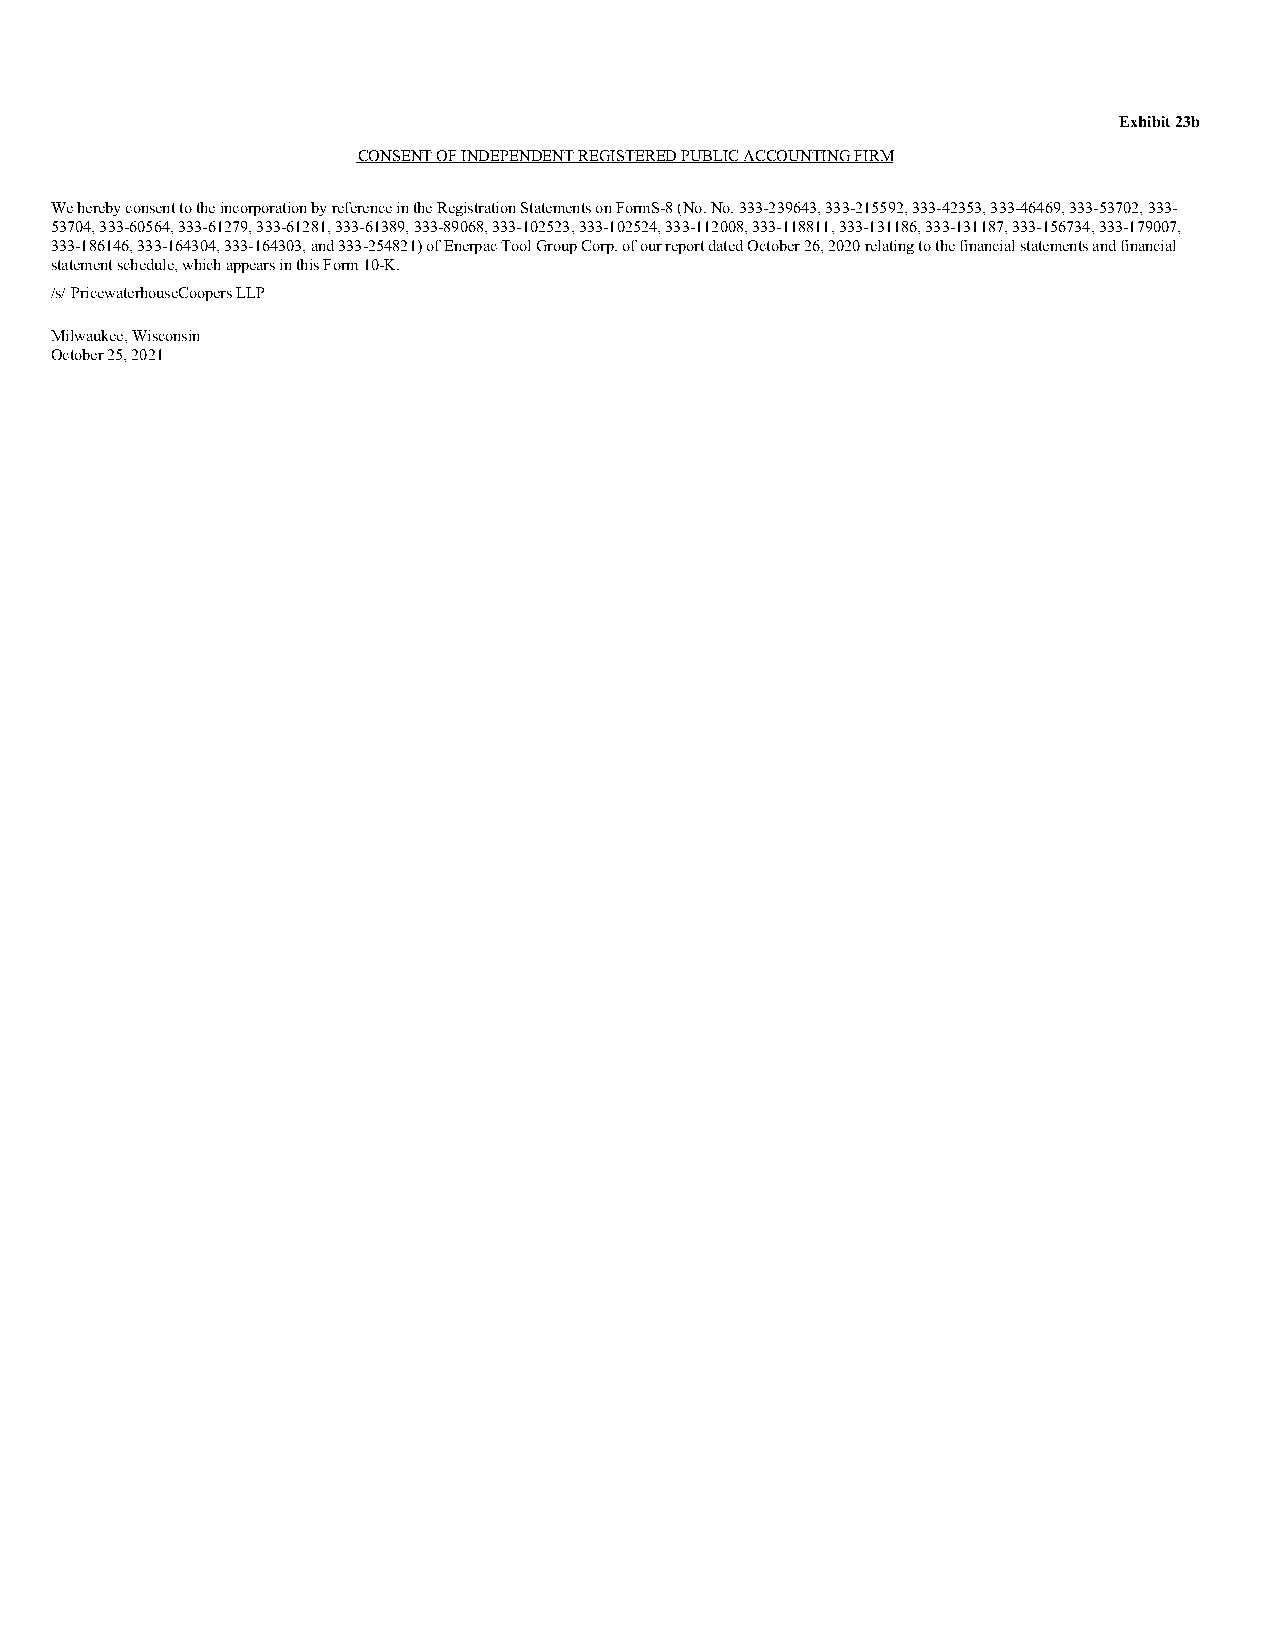
Exhibit 23b
 CONSENT OF INDEPENDENT REGISTERED PUBLIC ACCOUNTING FIRM
 We hereby consent to the incorporation by reference in the Registration Statements on Form S-8 (No. No. 333-239643, 333-215592, 333-42353, 333-46469, 333-53702, 333-
 53704, 333-60564, 333-61279, 333-61281, 333-61389, 333-89068, 333-102523, 333-102524, 333-112008, 333-118811, 333-131186, 333-131187, 333-156734, 333-179007,
 333-186146, 333-164304, 333-164303, and 333-254821) of Enerpac Tool Group Corp. of our report dated October 26, 2020 relating to the financial statements and financial
 statement schedule, which appears in this Form 10-K.
 /s/ PricewaterhouseCoopers LLP
 Milwaukee, Wisconsin
 October 25, 2021